Insane asylums in Bengal annual reports 1867-1875 - 1867-1875
Year: 1867
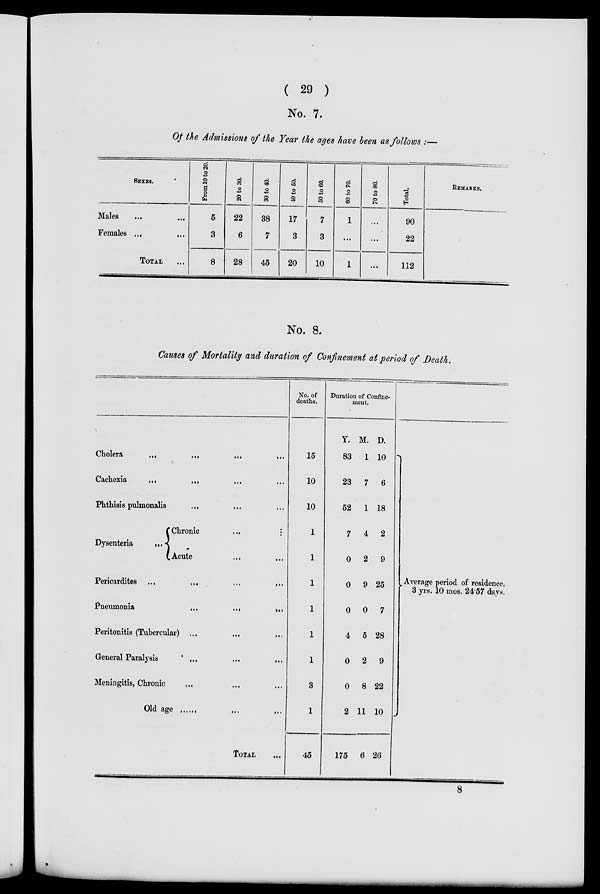
( 29 )
No. 7.
Of the Admissions of the Year the ages have been as follows :—
SEXES.
Males ... ...
Females ...
...
TOTAL ...
From 10 to 20.
5
3
8
20 to 30.
22
6
28
30 to 40.
38
7
45
40 to 50.
17
3
20
50 to 60.
7
3
10
60 to 70.
1
...
1
70 to 80.
...
...
...
Total.
90
22
112
REMARKS.
No. 8.
Causes of Mortality and duration of Confinement at period of Death.
Cholera
...
... ... ...
Cachexia
...
... ... ...
Phthisis pulmonalis
... ... ...
Dysenteria
...
Chronic
... ...
Acute ... ...
Pericardites ...
... ... ...
Pneumonia
...
...
...
Peritonitis (Tubercular) ...
...
...
General Paralysis
...
...
...
Meningitis, Chronic
... ... ...
Old age ... ... ...
TOTAL ...
No. of
deaths.
15
10
10
1
1
1
1
1
1
3
1
45
Duration of Confine-
ment.
Y.
83
23
52
7
0
0
0
4
0
0
2
175
M.
1
7
1
4
2
9
0
5
2
8
11
6
D.
10
6
18
2
9
25
7
28
9
22
10
26
Average period of residence,
3 yrs. 10 mos. 24.57 days.
8